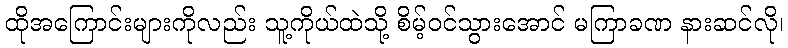
ထိုအကြောင်းများကိုလည်း သူ့ကိုယ်ထဲသို့ စိမ့်ဝင်သွားအောင် မကြာခဏ နားဆင်လို၊